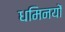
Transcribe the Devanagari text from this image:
धमिनयों